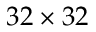
3 2 \times 3 2